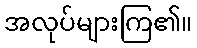
အလုပ်များကြ၏။